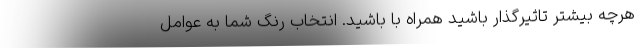
هرچه بیشتر تاثیرگذار باشید همراه با باشید. انتخاب رنگ شما به عوامل